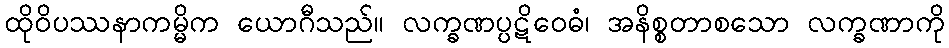
ထိုဝိပဿနာကမ္မိက ယောဂီသည်။ လက္ခဏပ္ပဋိဝေဓံ၊ အနိစ္စတာစသော လက္ခဏာကို